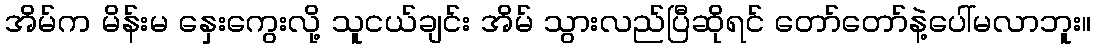
အိမ်က မိန်းမ နှေးကွေးလို့ သူငယ်ချင်း အိမ် သွားလည်ပြီဆိုရင် တော်တော်နဲ့ပေါ်မလာဘူး။